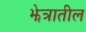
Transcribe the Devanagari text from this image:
झेत्रातील